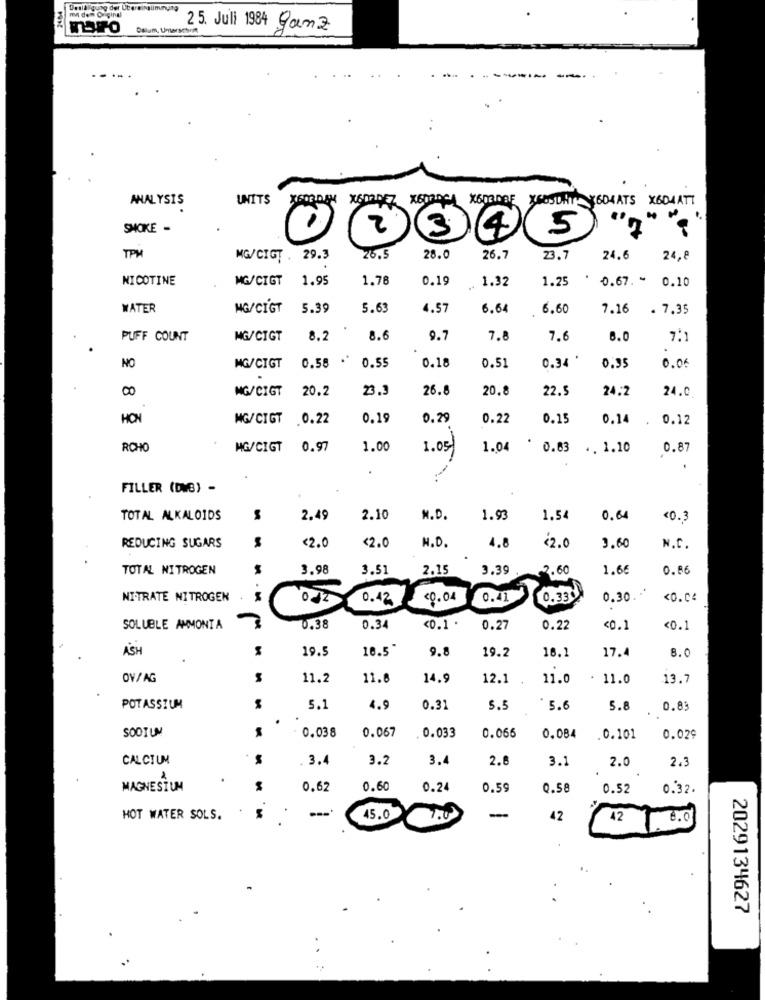
Deslaligung der Übereinstimmung
m den Original
Datum, Unterschrift
25. Juli 1984 Ganz
ANALYSIS
UNITS
XGORDAN MENDEZ X60FACA X6000BF X6USDHT X604ATS X604ATT
SMOKE -
2 3 45
TPM
MG/CIGT . 29.3
26.5
28.0
26.7
23.7
24.6
24,8
NICOTINE
MG/CIGT
1.95
1.78
0.19
1.32
1.25
0.67. ~
0.10
WATER
NG/CIGT
5.39
5.63
4.57
6.64
6.60
7.16
. 7.35
PUFF COUNT
MG/CIGT
8.2
8.6
9.7
7.8
7.6
6.0
7.1
0.34 *
NO
MG/CIGT
0.58 - 0.55
0.18
0.51
0,95
0.06
.
00
MG/CIGT
20.2
23.3
26.8
20.8
22.5
24.2
24.0
MG/CIGT
0.22
0.19
0.29
0.22
0.15
0.14
0.12
ROHO
MG/CIGT
0.97
1.00
1.05
1.04
0.63 . 1.10
0.87
FILLER (DMB) -
TOTAL ALKALOIDS
2.49
2.10
N.D.
1.93
1.54
0.64
<0.3
3.60
REDUCING SUGARS
<2.0
<2.0
N.D.
4.8
42.0
N.C.
TOTAL NITROGEN
3.98
3.51
2.15
3.39
2.60
1.66
0.86
NITRATE NITROGEN
O
0.42
<0.04
0.41 0.33
0.30. **
<0.04
SOLUBLE AMMONTA
0.38
0.34
<0.1 .
0.27
0.22
<0.1
<0.1
ASH
19.5
10.5*
9.8
17.4
8.0
19.2
16.1
OV/ AG
11.2
11.8
14.9
12.1
11.0
. 11.0
13.7
POTASSIUM
5.1
4.9
0.31
5.5
5.6
5.8
0.83
SODIUM
0.038
0.067
0.033
0.066
0.084
.0.101
0.029
CALCIUM
M
3.4
3.2
3.
2.8
3.1
2.0
2.3
1
.
MAGNESIUM
M
0.62
0.60
0.24
0.59
0.58
0.52
0.32.
---*
-
HOT WATER SOLS.
45.0 7.0
42
42 8.0
2029134627